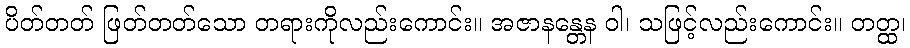
ပိတ်တတ် ဖြတ်တတ်သော တရားကိုလည်းကောင်း။ အဇာနန္တေန ဝါ၊ သဖြင့်လည်းကောင်း။ တတ္ထ၊